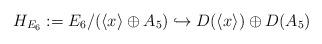
LaTeX: \begin{align*}H_{E_6}:=E_6/(\langle x \rangle \oplus A_5) \hookrightarrow D(\langle x \rangle) \oplus D(A_5)\end{align*}